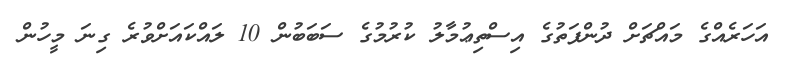
އަހަރެއްގެ މައްޗަށް ދުންފަތުގެ އިސްތިޢުމާލު ކުރުމުގެ ސަބަބުން 10 ލައްކައަށްވުރެ ގިނަ މީހުން